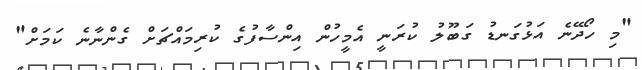
"މި ހޯދޭނެ އަޅުގަނޑު ގަބޫލު ކުރަނީ އެމީހުން އިންސާފުގެ ކުރިމައްޗަށް ގެންނާނެ ކަމަށް"